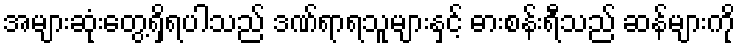
အများဆုံးတွေ့ရှိရပါသည် ဒဏ်ရာရသူများနှင့် ဓားစန်းရီသည် ဆန်များကို